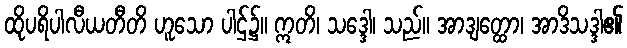
ထိုပရိပါလီယတီတိ ဟူသော ပါဌ်၌။ ဣတိ၊ သဒ္ဒေါ၊ သည်။ အာဒျတ္ထော၊ အာဒိသဒ္ဒါ၏